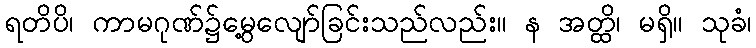
ရတိပိ၊ ကာမဂုဏ်၌မွေ့လျော်ခြင်းသည်လည်း။ န အတ္ထိ၊ မရှိ။ သုခံ၊